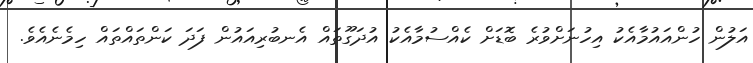
އަލުން ހުންއައުމާއެކު އިހުނަށްވުރެ ބޮޑަށް ކެއްސުމާއެކު އުދަގޫތައް އެނބުރިއައުން ފަދަ ކަންތައްތައް ހިމެނެއެވެ.